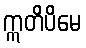
ဣတိပိမေ